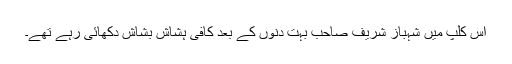
اس کلپ میں شہباز شریف صاحب بہت دنوں کے بعد کافی ہشاش بشاش دِکھائی رہے تھے۔